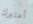
أعتبرك